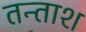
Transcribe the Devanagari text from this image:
तन्ताश